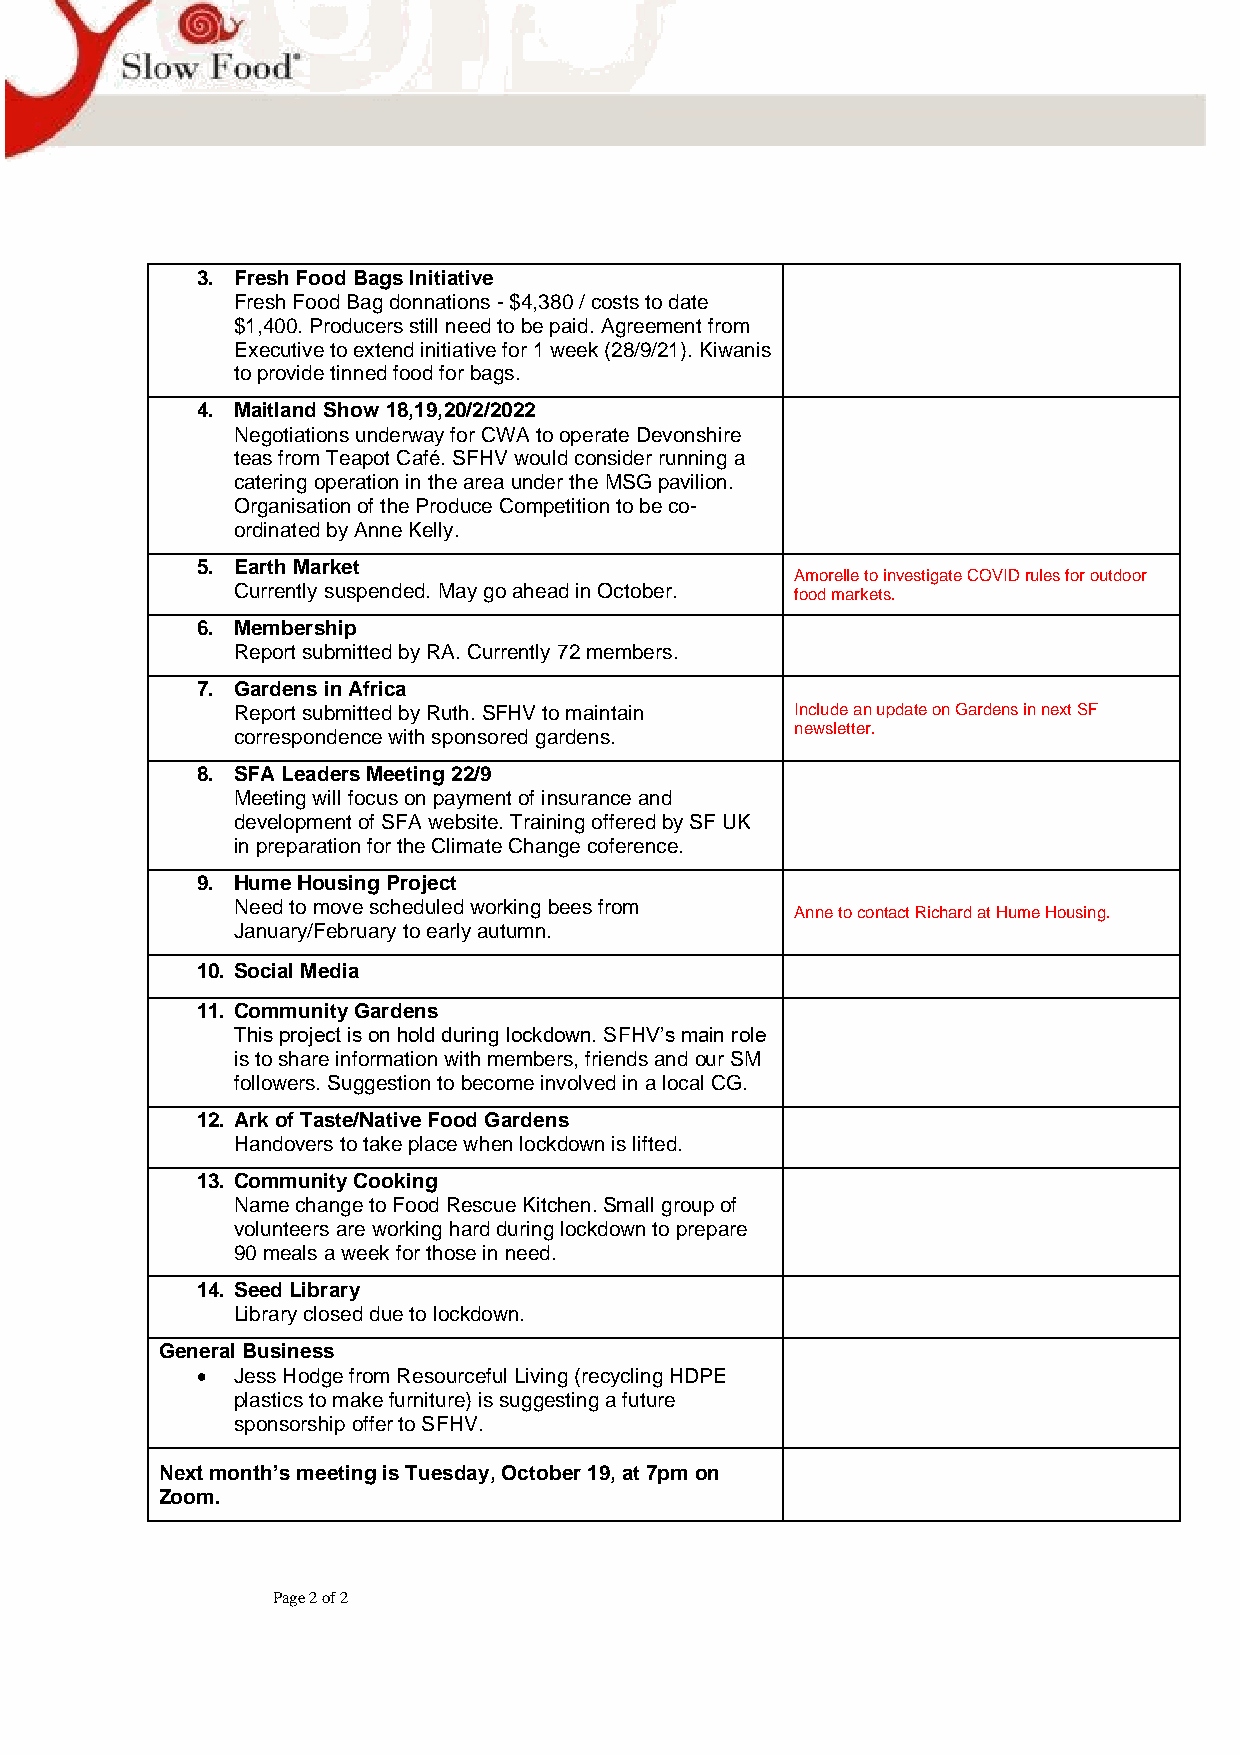
3. Fresh Food Bags Initiative
 Fresh Food Bag donnations - $4,380 / costs to date
 $1,400. Producers still need to be paid. Agreement from
 Executive to extend initiative for 1 week (28/9/21). Kiwanis
 to provide tinned food for bags.
 4. Maitland Show 18,19,20/2/2022
 Negotiations underway for CWA to operate Devonshire
 teas from Teapot Café. SFHV would consider running a
 catering operation in the area under the MSG pavilion.
 Organisation of the Produce Competition to be co-
 ordinated by Anne Kelly.
 5. Earth Market
 Amorelle to investigate COVID rules for outdoor
 Currently suspended. May go ahead in October. food markets.
 6. Membership
 Report submitted by RA. Currently 72 members.
 7. Gardens in Africa
 Report submitted by Ruth. SFHV to maintain Include an update on Gardens in next SF
 newsletter.
 correspondence with sponsored gardens.
 8. SFA Leaders Meeting 22/9
 Meeting will focus on payment of insurance and
 development of SFA website. Training offered by SF UK
 in preparation for the Climate Change coference.
 9. Hume Housing Project
 Need to move scheduled working bees from
 Anne to contact Richard at Hume Housing.
 January/February to early autumn.
 10. Social Media
 11. Community Gardens
 This project is on hold during lockdown. SFHV’s main role
 is to share information with members, friends and our SM
 followers. Suggestion to become involved in a local CG.
 12. Ark of Taste/Native Food Gardens
 Handovers to take place when lockdown is lifted.
 13. Community Cooking
 Name change to Food Rescue Kitchen. Small group of
 volunteers are working hard during lockdown to prepare
 90 meals a week for those in need.
 14. Seed Library
 Library closed due to lockdown.
 General Business
 • Jess Hodge from Resourceful Living (recycling HDPE
 plastics to make furniture) is suggesting a future
 sponsorship offer to SFHV.
 Next month’s meeting is Tuesday, October 19, at 7pm on
 Zoom.
 Page 2 of 2